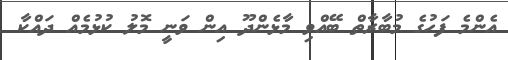
އެންމެ ފަހުގެ މުބާރާތް ބޭއްވި މާޅެންދޫ އިން ވަނީ މޮލު ކުޅުމެއް ދައްކާ